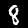
Label: 8